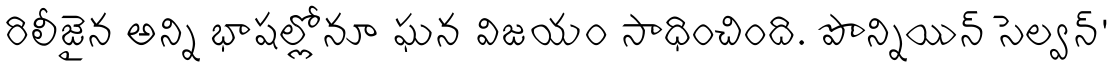
రిలీజైన అన్ని భాషల్లోనూ ఘన విజయం సాధించింది. పొన్నియిన్ సెల్వన్'